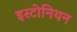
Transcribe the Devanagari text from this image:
इस्टोनियन